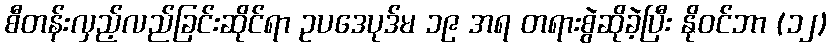
စီတန်းလှည့်လည်ခြင်းဆိုင်ရာ ဥပဒေပုဒ်မ ၁၉ အရ တရားစွဲဆိုခဲ့ပြီး နိုဝင်ဘာ (၁၂)